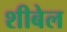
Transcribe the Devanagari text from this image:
शीबेल